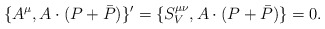
\begin{align*}\{A^\mu , A\cdot(P+\bar{P}) \}'=\{S_{V}^{\mu \nu }, A\cdot (P+\bar{P})\}=0.\end{align*}